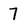
Character: 7